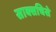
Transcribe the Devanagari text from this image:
साक्सचिसे